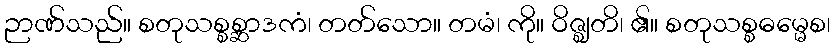
ဉာဏ်သည်။ စတုသစ္စစ္ဆာဒကံ၊ တတ်သော။ တမံ၊ ကို။ ဝိဇ္ဈတိ၊ ၏။ စတုသစ္စဓမ္မေစ၊